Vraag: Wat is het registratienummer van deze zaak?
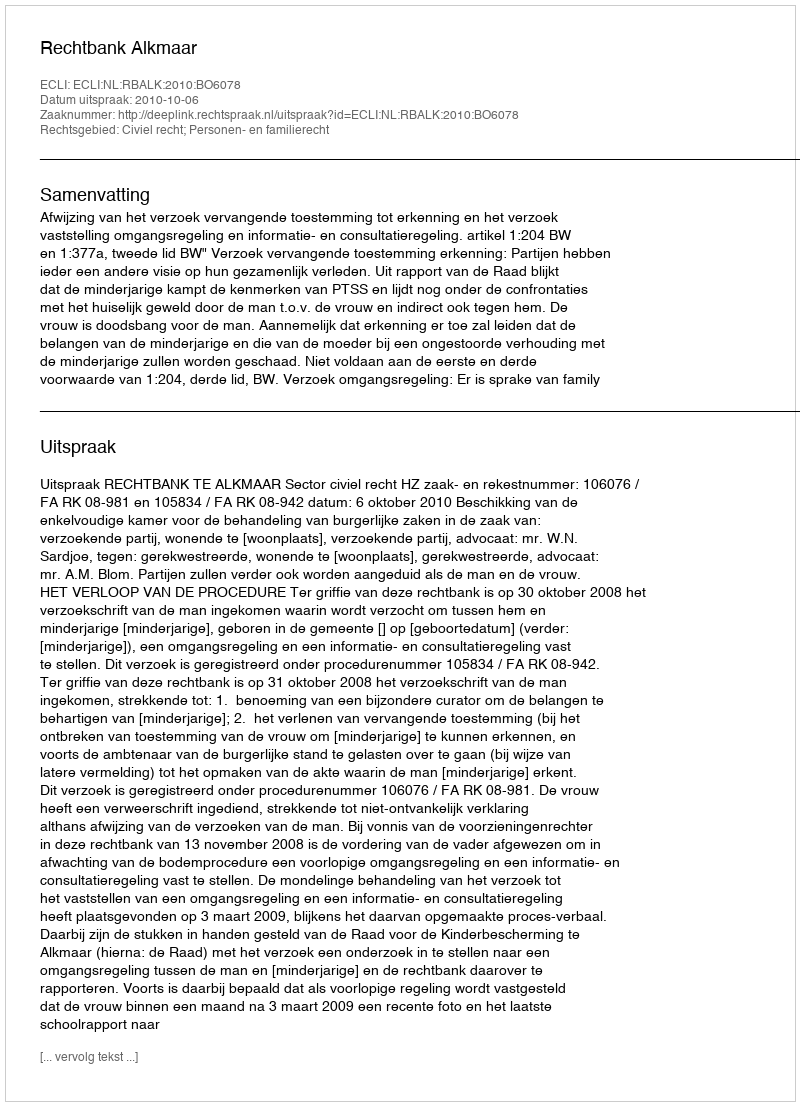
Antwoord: http://deeplink.rechtspraak.nl/uitspraak?id=ECLI:NL:RBALK:2010:BO6078